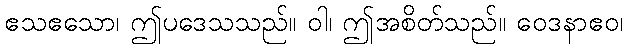
ဧသဧသော၊ ဤပဒေသသည်။ ဝါ၊ ဤအစိတ်သည်။ ဝေဒနာဧဝ၊